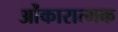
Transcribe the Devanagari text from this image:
ओंकारात्मक